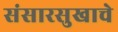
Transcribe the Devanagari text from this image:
संसारसुखाचे